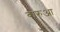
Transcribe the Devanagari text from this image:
बारुआ